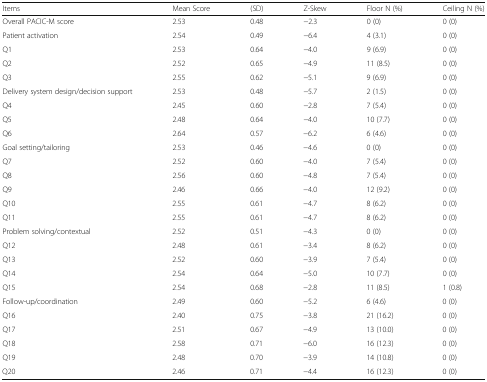
<table><thead><tr><td><b>Items</b></td><td><b>Mean Score</b></td><td><b>(SD)</b></td><td><b>Z-Skew</b></td><td><b>Floor N (%)</b></td><td><b>Ceiling N (%)</b></td></tr></thead><tbody><tr><td>Overall PACIC-M score</td><td>2.53</td><td>0.48</td><td>−2.3</td><td>0 (0)</td><td>0 (0)</td></tr><tr><td>Patient activation</td><td>2.54</td><td>0.49</td><td>−6.4</td><td>4 (3.1)</td><td>0 (0)</td></tr><tr><td>Q1</td><td>2.53</td><td>0.64</td><td>−4.0</td><td>9 (6.9)</td><td>0 (0)</td></tr><tr><td>Q2</td><td>2.52</td><td>0.65</td><td>−4.9</td><td>11 (8.5)</td><td>0 (0)</td></tr><tr><td>Q3</td><td>2.55</td><td>0.62</td><td>−5.1</td><td>9 (6.9)</td><td>0 (0)</td></tr><tr><td>Delivery system design/decision support</td><td>2.53</td><td>0.48</td><td>−5.7</td><td>2 (1.5)</td><td>0 (0)</td></tr><tr><td>Q4</td><td>2.45</td><td>0.60</td><td>−2.8</td><td>7 (5.4)</td><td>0 (0)</td></tr><tr><td>Q5</td><td>2.48</td><td>0.64</td><td>−4.0</td><td>10 (7.7)</td><td>0 (0)</td></tr><tr><td>Q6</td><td>2.64</td><td>0.57</td><td>−6.2</td><td>6 (4.6)</td><td>0 (0)</td></tr><tr><td>Goal setting/tailoring</td><td>2.53</td><td>0.46</td><td>−4.6</td><td>0 (0)</td><td>0 (0)</td></tr><tr><td>Q7</td><td>2.52</td><td>0.60</td><td>−4.0</td><td>7 (5.4)</td><td>0 (0)</td></tr><tr><td>Q8</td><td>2.56</td><td>0.60</td><td>−4.8</td><td>7 (5.4)</td><td>0 (0)</td></tr><tr><td>Q9</td><td>2.46</td><td>0.66</td><td>−4.0</td><td>12 (9.2)</td><td>0 (0)</td></tr><tr><td>Q10</td><td>2.55</td><td>0.61</td><td>−4.7</td><td>8 (6.2)</td><td>0 (0)</td></tr><tr><td>Q11</td><td>2.55</td><td>0.61</td><td>−4.7</td><td>8 (6.2)</td><td>0 (0)</td></tr><tr><td>Problem solving/contextual</td><td>2.52</td><td>0.51</td><td>−4.3</td><td>0 (0)</td><td>0 (0)</td></tr><tr><td>Q12</td><td>2.48</td><td>0.61</td><td>−3.4</td><td>8 (6.2)</td><td>0 (0)</td></tr><tr><td>Q13</td><td>2.52</td><td>0.60</td><td>−3.9</td><td>7 (5.4)</td><td>0 (0)</td></tr><tr><td>Q14</td><td>2.54</td><td>0.64</td><td>−5.0</td><td>10 (7.7)</td><td>0 (0)</td></tr><tr><td>Q15</td><td>2.54</td><td>0.68</td><td>−2.8</td><td>11 (8.5)</td><td>1 (0.8)</td></tr><tr><td>Follow-up/coordination</td><td>2.49</td><td>0.60</td><td>−5.2</td><td>6 (4.6)</td><td>0 (0)</td></tr><tr><td>Q16</td><td>2.40</td><td>0.75</td><td>−3.8</td><td>21 (16.2)</td><td>0 (0)</td></tr><tr><td>Q17</td><td>2.51</td><td>0.67</td><td>−4.9</td><td>13 (10.0)</td><td>0 (0)</td></tr><tr><td>Q18</td><td>2.58</td><td>0.71</td><td>−6.0</td><td>16 (12.3)</td><td>0 (0)</td></tr><tr><td>Q19</td><td>2.48</td><td>0.70</td><td>−3.9</td><td>14 (10.8)</td><td>0 (0)</td></tr><tr><td>Q20</td><td>2.46</td><td>0.71</td><td>−4.4</td><td>16 (12.3)</td><td>0 (0)</td></tr></tbody></table>